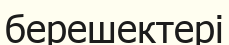
берешектері